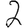
Digit: 2